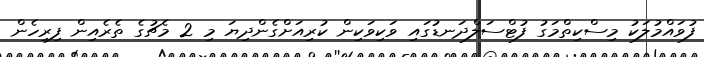
ފުވައްމުލަކު މިސްކިތްމަގު ފުޓްސަލްދަނޑުގައި ވަކިވަކިން ކުރިއަށްގެންދިޔަ މި 2 މެޗުގެ ތެރެއިން ފިރިހެން